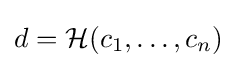
d={\mathcal {H}}(c_{1},\dots ,c_{n})